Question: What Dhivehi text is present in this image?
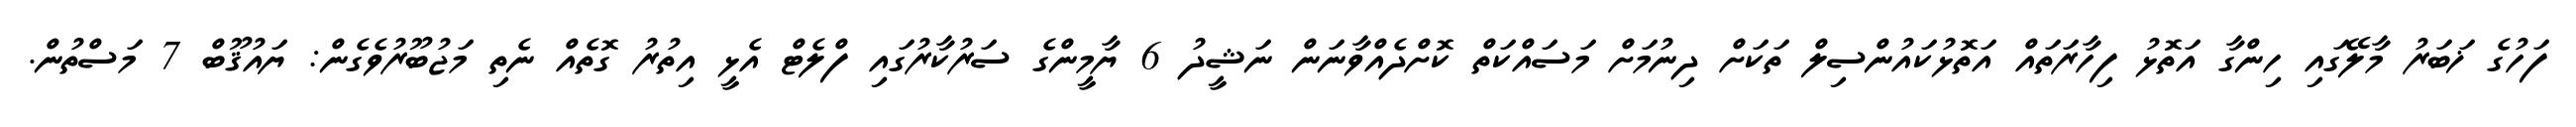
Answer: ފަހުގެ ޚަބަރު މާލޭގައި ހިންގާ އަތޮޅު ފިހާރަތައް އަތޮޅުކައުންސިލް ތަކަށް ދިނުމަށް މަސައްކަތް ކޮށްދެއްވާނަން ނަޝީދު 6 ޔާމީންގެ ސަރުކާރުގައި ފްލެޓް އެޅީ އިތުރު ގޮތެއް ނެތި މަޖުބޫރުވެގެން: ޔައުޤޫބް 7 މަސްތުން.